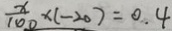
\frac { x } { 1 0 0 } \times ( - 2 0 ) = 0 . 4